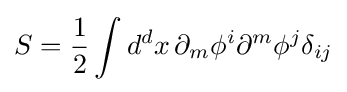
S={\frac {1}{2}}\int d^{d}x\,\partial _{m}\phi ^{i}\partial ^{m}\phi ^{j}\delta _{ij}